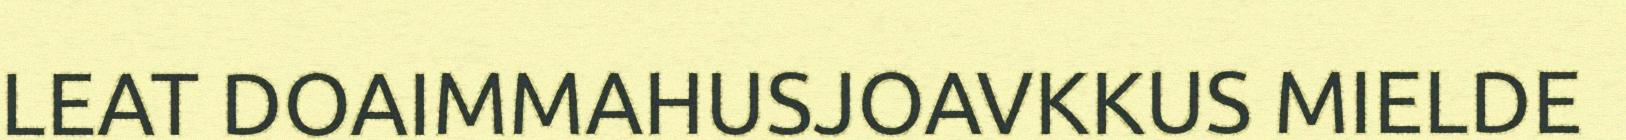
LEAT DOAIMMAHUSJOAVKKUS MIELDE